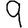
Digit: 9